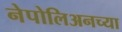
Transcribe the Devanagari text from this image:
नेपोलिअनच्या